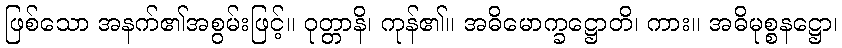
ဖြစ်သော အနက်၏အစွမ်းဖြင့်။ ဝုတ္တာနိ၊ ကုန်၏။ အဓိမောက္ခဋ္ဌောတိ၊ ကား။ အဓိမုစ္စနဋ္ဌော၊